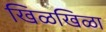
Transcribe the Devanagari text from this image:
खिळखिळा